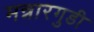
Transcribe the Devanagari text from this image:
मन्नारगुडी